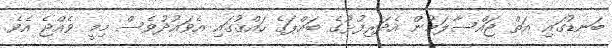
ބަނޑުގައި އަތް ޖައްސާލަމުން އެދަރިފުޅުގެ ބައްޕަގެ ހައްޤުގައި އެވައުދުވެސް މިމީ ވެއްޖެ އެވެ.